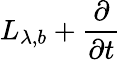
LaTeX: L_{\lambda,b}+\frac{\partial}{\partial t}